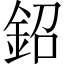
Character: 鉊